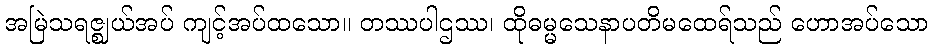
အမြဲသရဇ္ဈယ်အပ် ကျင့်အပ်ထသော။ တဿပါဌဿ၊ ထိုဓမ္မသေနာပတိမထေရ်သည် ဟောအပ်သော